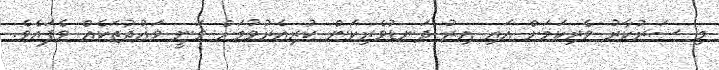
މި ސަރުކާރު ވެރިކަމަށް އައި އިރު ދަނޑުވެރިކަން ކުރިއެރުވުމަށް ވަނީ ވައުދުތަކެއް ވެފައެވެ.